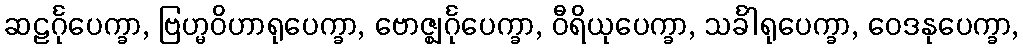
ဆဠင်္ဂုပေက္ခာ, ဗြဟ္မဝိဟာရုပေက္ခာ, ဗောဇ္ဈင်္ဂုပေက္ခာ, ဝီရိယုပေက္ခာ, သင်္ခါရုပေက္ခာ, ဝေဒနုပေက္ခာ,